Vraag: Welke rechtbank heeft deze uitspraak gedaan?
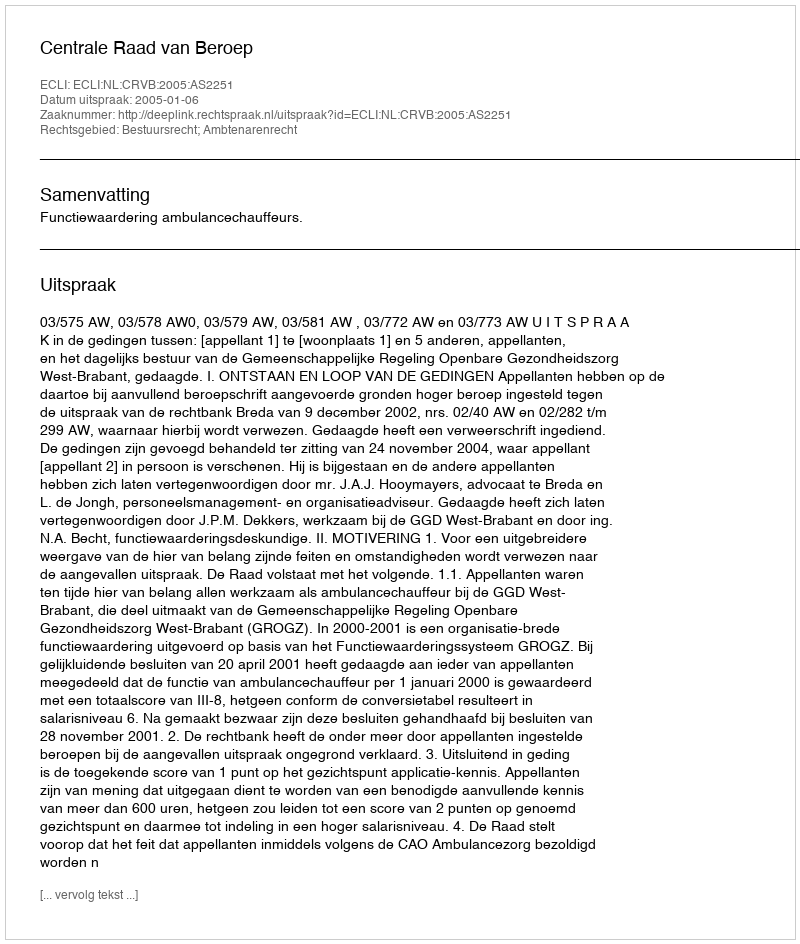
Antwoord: Centrale Raad van Beroep